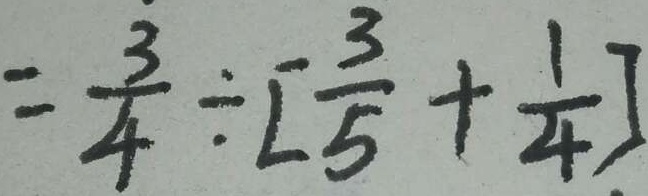
= \frac { 3 } { 4 } \div [ \frac { 3 } { 5 } + \frac { 1 } { 4 } ]